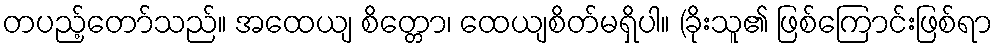
တပည့်တော်သည်။ အထေယျ စိတ္တော၊ ထေယျစိတ်မရှိပါ။ (ခိုးသူ၏ ဖြစ်ကြောင်းဖြစ်ရာ